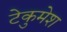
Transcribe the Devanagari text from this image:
टेकुमेश